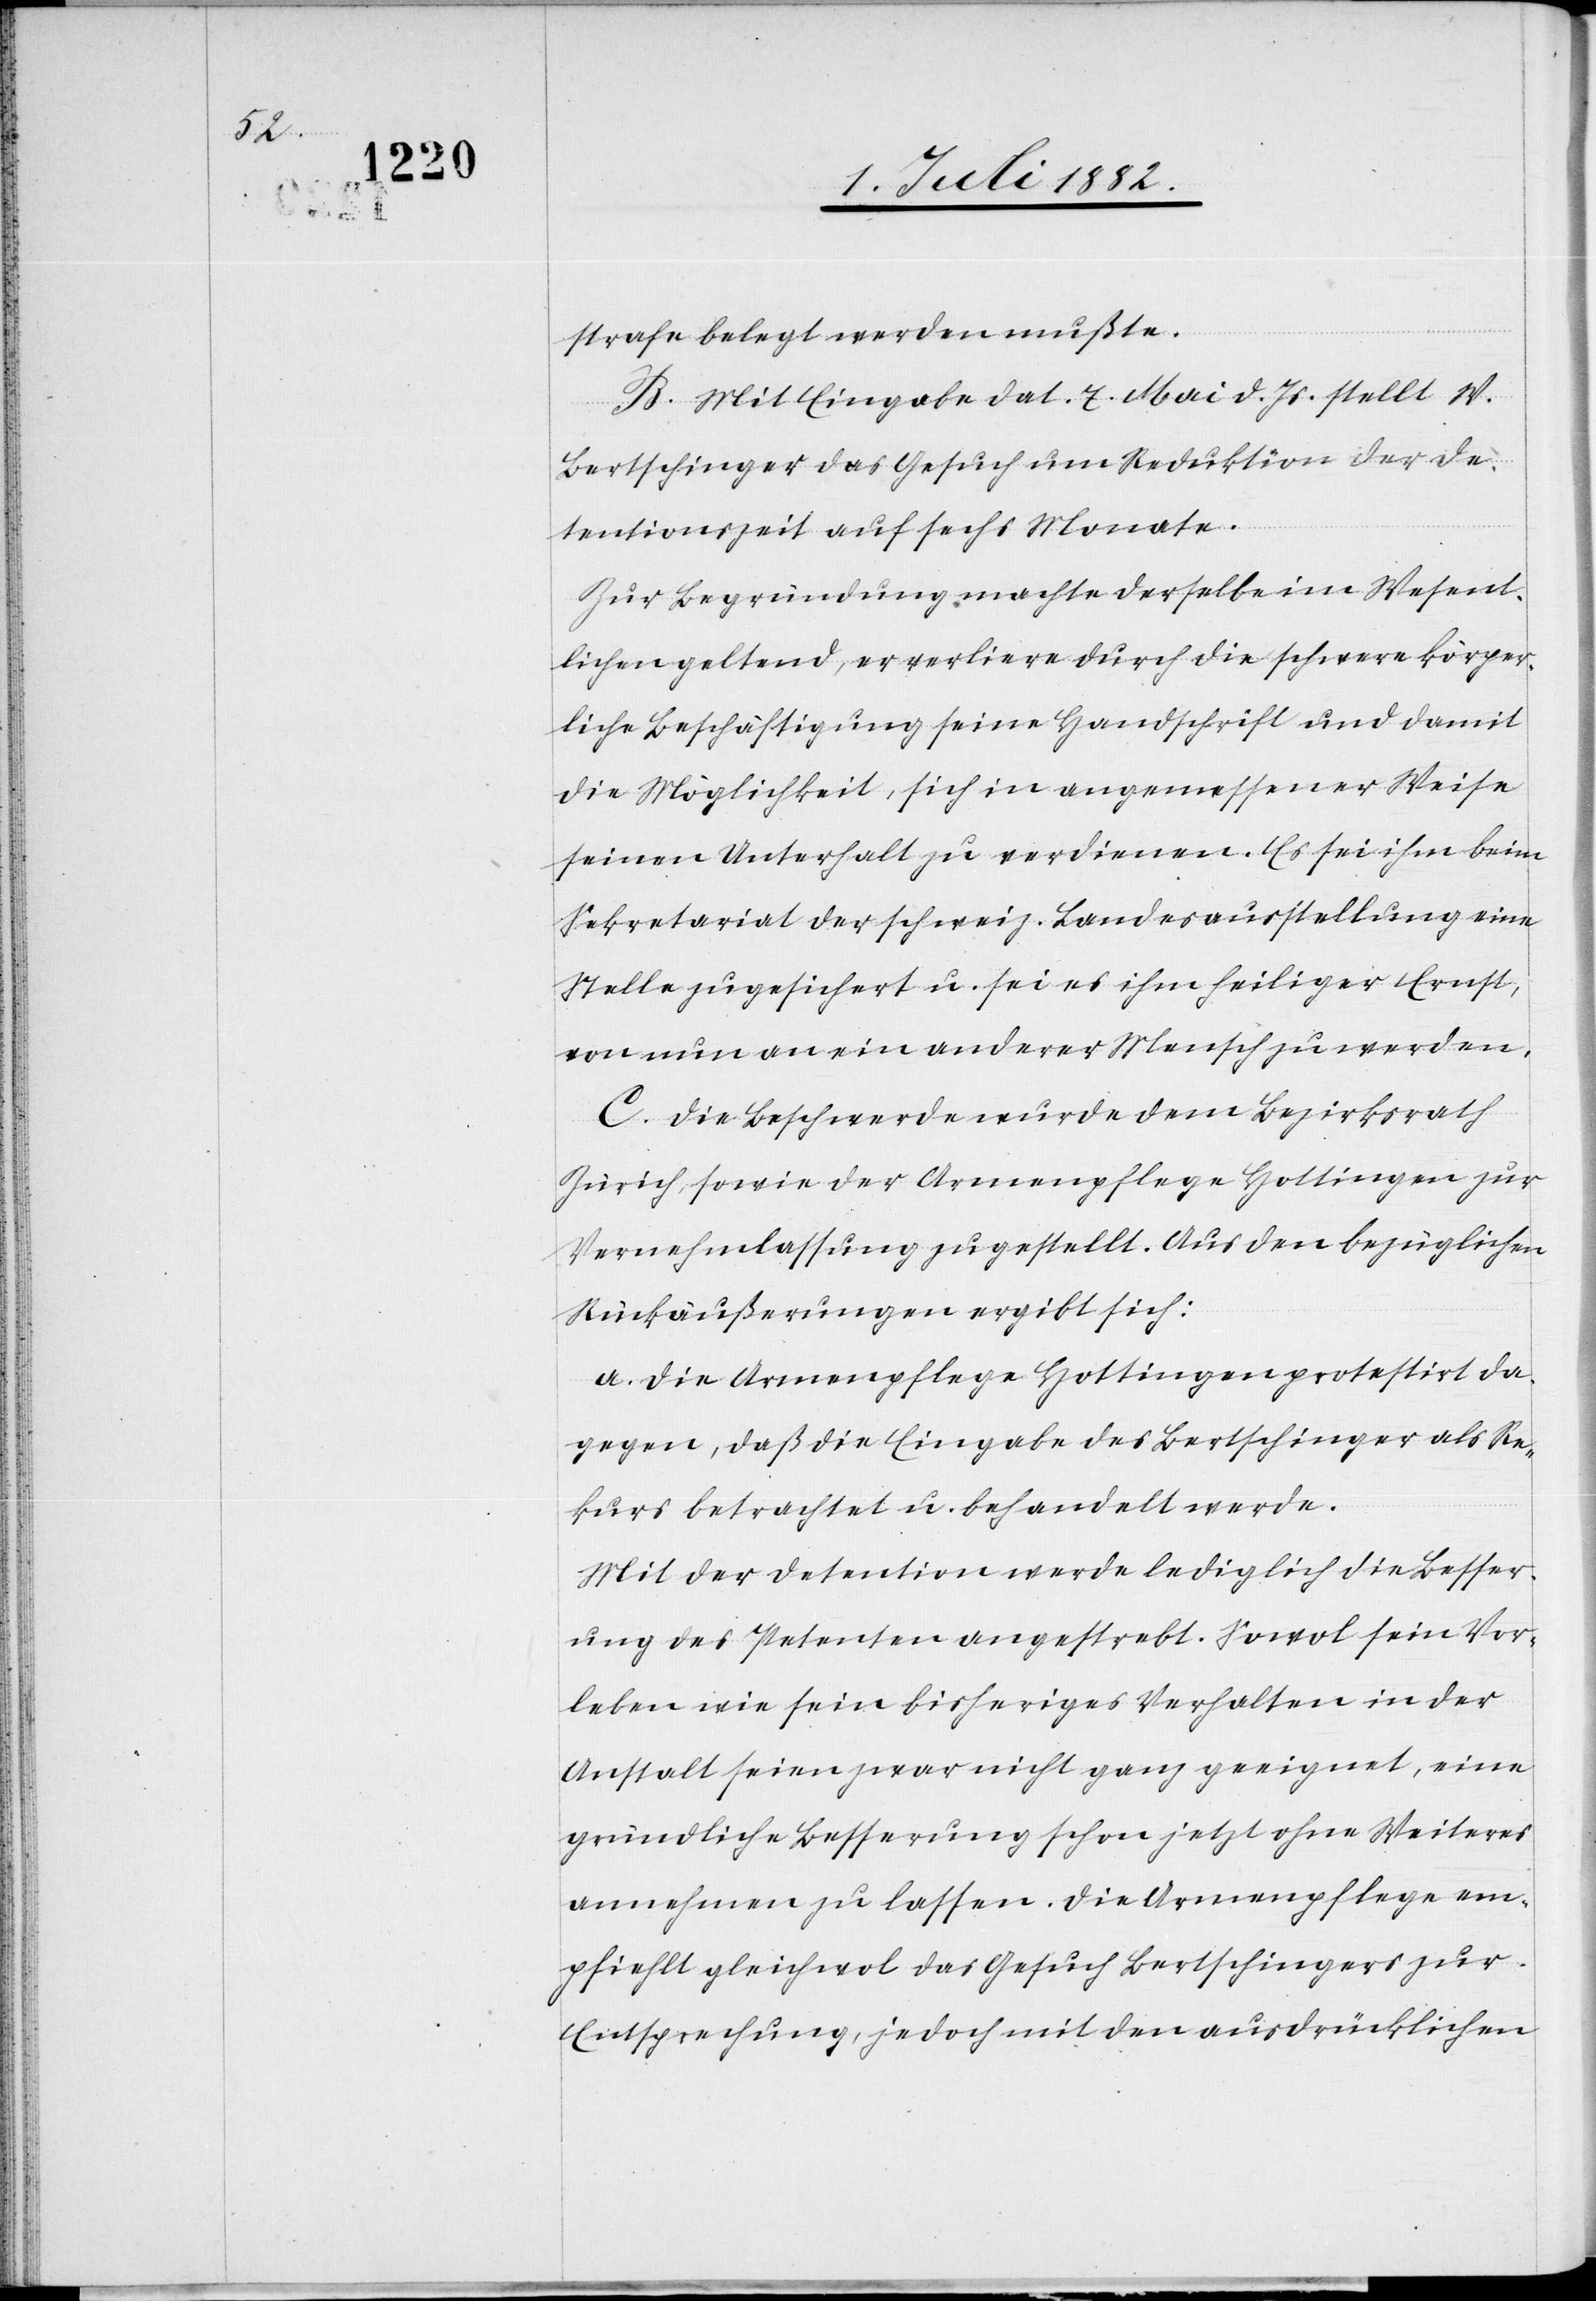
strafe belegt werden mußte.
B. Mit Eingabe dat. 7. Mai d. Js. stellt W.
Bertschinger das Gesuch um Reduktion der De¬
tentionszeit auf sechs Monate.
Zur Begründung machte derselbe im Wesent¬
lichen geltend, er verliere durch die schwere körper¬
liche Beschäftigung seine Handschrift und damit
die Möglichkeit, sich in angemessener Weise
seinen Unterhalt zu verdienen. Es sei ihm beim
Sekretariat der schweiz. Landesausstellung eine
Stelle zugesichert u. sei es ihm heiliger Ernst,
von nun an ein anderer Mensch zu werden.
C. Die Beschwerde wurde dem Bezirksrath
Zürich, sowie der Armenpflege Hottingen zur
Vernehmlassung zugestellt. Aus den bezüglichen
Rückäußerungen ergibt sich:
a. Die Armenpflege Hottingen protestirt da¬
gegen, daß die Eingabe des Bertschinger als Re¬
kurs betrachtet u. behandelt werde.
Mit der Detention werde lediglich die Besser¬
ung des Petenten angestrebt. Sowol sein Vor¬
leben wie sein bisheriges Verhalten in der
Anstalt seien zwar nicht ganz geeignet, eine
gründliche Besserung schon jetzt ohne Weiteres
annehmen zu lassen. Die Armenpflege em¬
pfiehlt gleichwol das Gesuch Bertschingers zur
Entsprechung, jedoch mit den ausdrücklichen